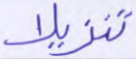
تنزيلا